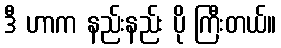
ဒီ ဟာက နည်းနည်း ပို ကြီးတယ်။